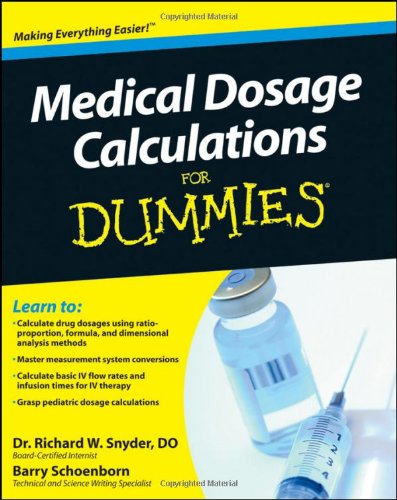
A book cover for Medical Dosage Calculations For Dummies; Richard Snyder; Medical Books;